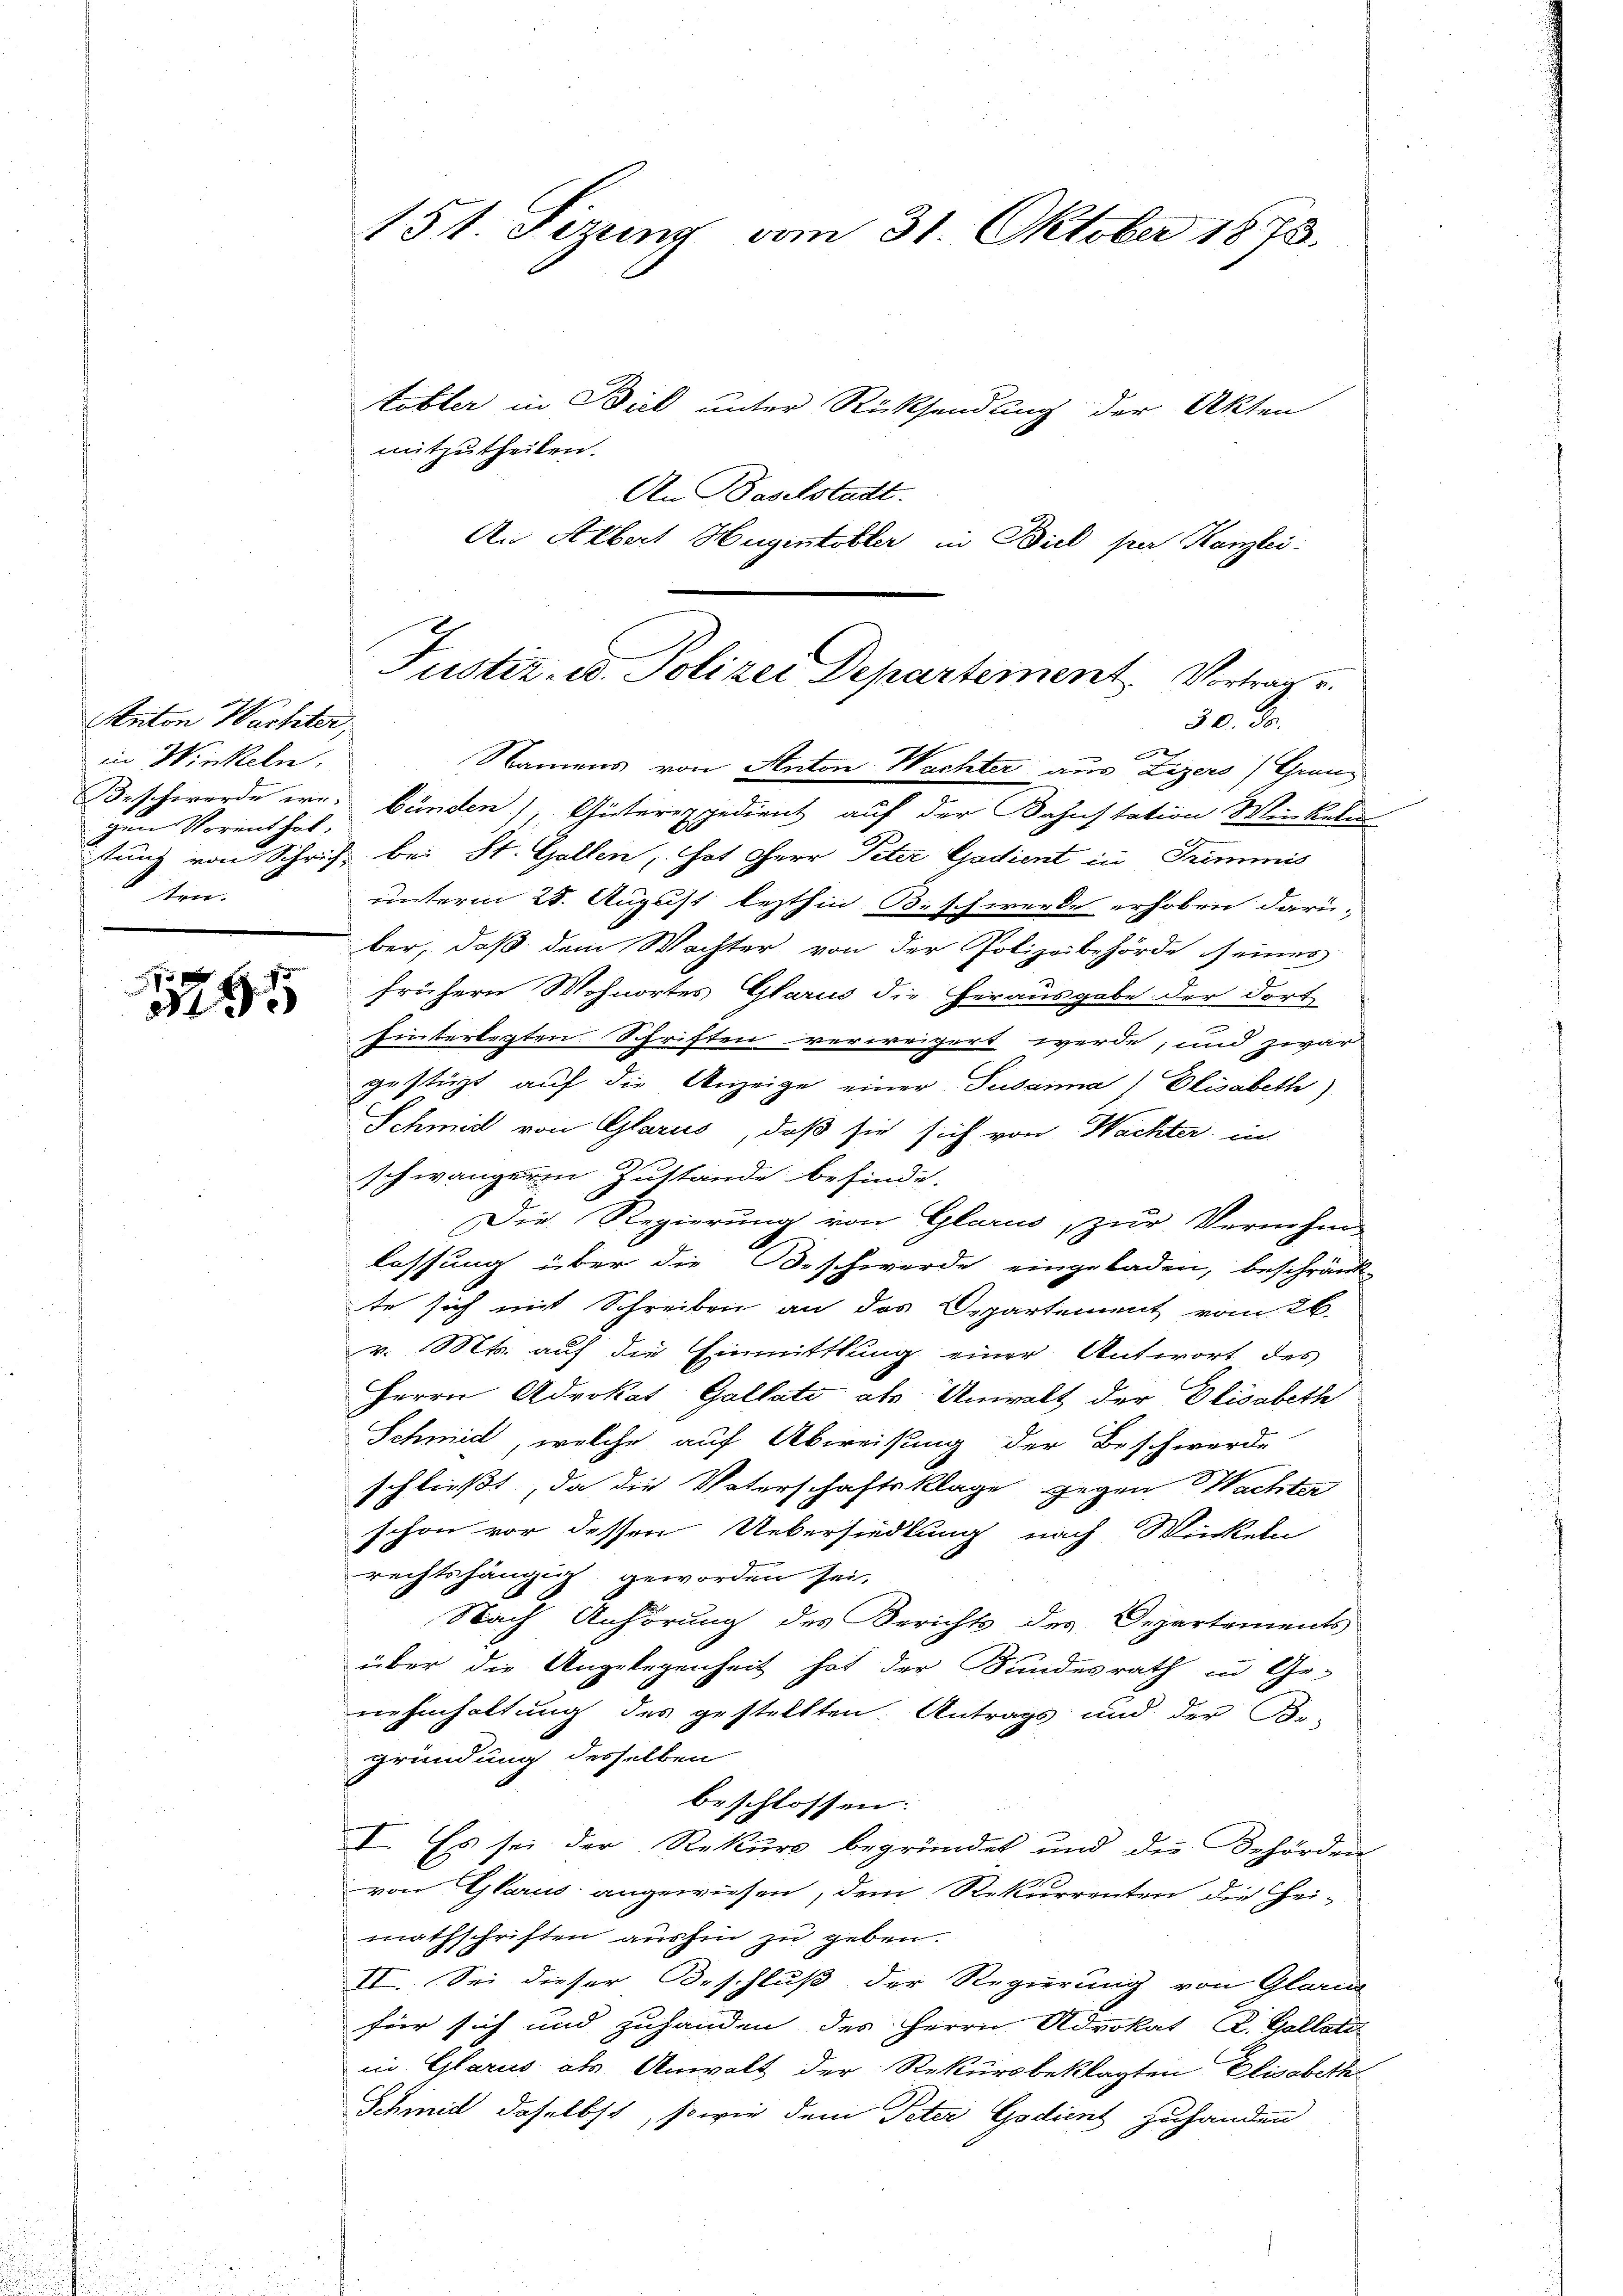
Anton Wachter,
in Winkeln,
gen Vorenthal,
ten.

155

151. Sizung vom 31. Oktober 1873.

tobler in Biel unter Rücksendung der Akten
mitzutheilen.
An Paselstadt.
An Albert Hugentobler in Biel par Kanzlei:
f
Namens von Anton Wachter aus Lizers) Granz
Beschwerde er bünden), Güterexpedient auf der Bahnstation Weinkeln
tung von Schrift bei St. Gallen, hat Herr Peter Gadient in Trimmis
unterm 28. August lezthin B. schwerde erhoben darü-
ber, daß dem Wachter von der Polizeibehörde seines
frühern Wohnortes Glarus die Herausgabe der dort
hinterlegten Schriften verweigert werde, und zwar
gestüzt auf die Anzeige einer Susanna Elisabeth)
Schmid von Glarus, daß sie sich von Wächter in
schwängeren Zustände befinde.
Die Regierung von Glarus, zur Vernehme
lassung über die Beschwerde eingeladen, beschränk-
te sich mit Schreiben an das Departement vom 26.
v. Mts. auf die Einmittlung einer Antwort des
Herrn Advokat Gallate als Anwalt der Elisabeth
Schmid, welche auf Abweisung der Beschwerde
schließt, da die Vaterschaftsklage gegen Wachter
schon vor dessen Uebersiedlung nach Winkeln
rechtshängig geworden sei.
Nach Anhörung des Berichts des Departements
über die Angelegenheit hat der Bundesrath in Ge-
nehmhaltung des gestellten. Antrags und der Be-
gründung desselben
beschlossen:
I. Es sei der Rekurs begründet und die Behörden
von Glarus angewiesen, dem Rekurrenten die Hei-
mathschriften aushin zu geben.
II. Sei dieser Beschluß der Regierung von Glarus
für sich und zuhanden des Herrn Advokat (Z. Gallati
in Glarus als Anwalt der Rekursbeklagten Elisabethe
Schmid daselbst, sowie dem Peter Godient zuhanden

Justiz- u. Polizer Departement. Vortrage.
30. 30.